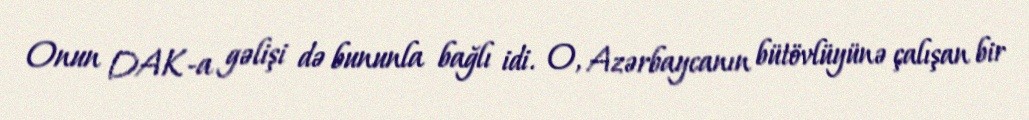
Onun DAK-a gəlişi də bununla bağlı idi. O, Azərbaycanın bütövlüyünə çalışan bir